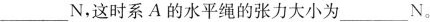
___ N$$，这时系A的水平绳的张力大小为___N_。